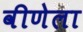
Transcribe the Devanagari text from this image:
वीणेला